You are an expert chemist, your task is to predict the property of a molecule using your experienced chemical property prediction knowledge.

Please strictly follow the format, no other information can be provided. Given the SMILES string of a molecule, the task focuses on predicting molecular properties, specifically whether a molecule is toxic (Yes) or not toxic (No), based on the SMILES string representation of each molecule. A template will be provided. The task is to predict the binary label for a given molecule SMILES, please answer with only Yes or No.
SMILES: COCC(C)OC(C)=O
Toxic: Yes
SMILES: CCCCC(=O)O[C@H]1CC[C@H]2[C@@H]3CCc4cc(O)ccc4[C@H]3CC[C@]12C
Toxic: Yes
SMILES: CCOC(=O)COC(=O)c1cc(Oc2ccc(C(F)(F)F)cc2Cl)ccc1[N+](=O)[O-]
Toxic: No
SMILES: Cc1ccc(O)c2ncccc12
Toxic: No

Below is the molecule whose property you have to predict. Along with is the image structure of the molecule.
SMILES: COc1ccccc1N1CCN(CC(O)COc2cc(OC)c(OC)c(OC)c2)CC1
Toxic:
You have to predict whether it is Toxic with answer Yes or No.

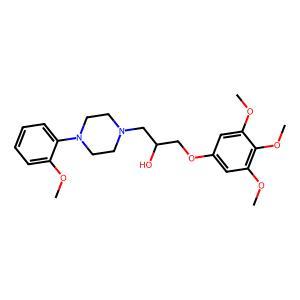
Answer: No